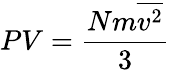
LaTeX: PV={\frac{Nm{\overline{{v^{2}}}}}{3}}